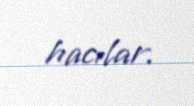
hacılar.